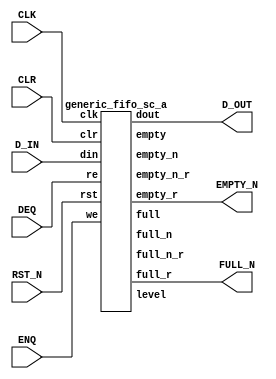
`define  n 32
`define max_size 30
`define SIMULATION_MEMORY
//`define SC_FIFO_ASYNC_RESET				// Uncomment for Syncr. reset
//`define SC_FIFO_ASYNC_RESET	or negedge rst		// Uncomment for Async. reset
 `define dwa 32
 `define awa 4
//`define SC_FIFO_ASYNC_RESET				// Uncomment for Syncr. reset
//`define SC_FIFO_ASYNC_RESET	or negedge rst		// Uncomment for Async. reset
//`define SC_FIFO_ASYNC_RESET				// Uncomment for Syncr. reset
//`define SC_FIFO_ASYNC_RESET	or negedge rst		// Uncomment for Async. reset
 `define dwc 128
 `define awa 4
//`define SC_FIFO_ASYNC_RESET				// Uncomment for Syncr. reset
//`define SC_FIFO_ASYNC_RESET	or negedge rst		// Uncomment for Async. reset
 `define dwd 128 
//`define SC_FIFO_ASYNC_RESET				// Uncomment for Syncr. reset
//`define SC_FIFO_ASYNC_RESET	or negedge rst		// Uncomment for Async. reset
 `define dwc  60
`define awc 3
//`define SC_FIFO_ASYNC_RESET				// Uncomment for Syncr. reset
//`define SC_FIFO_ASYNC_RESET	or negedge rst		// Uncomment for Async. reset
 `define dwf  313
`define awf 3
//`define SC_FIFO_ASYNC_RESET				// Uncomment for Syncr. reset
//`define SC_FIFO_ASYNC_RESET	or negedge rst		// Uncomment for Async. reset
 `define dwx  131
`define awx 2

module arSRLFIFO_a (CLK, RST_N, D_IN,ENQ,DEQ,CLR,D_OUT,EMPTY_N,FULL_N);

input CLK;
input RST_N;
input [31:0] D_IN;
input ENQ;
input DEQ;
input CLR;
output [31:0] D_OUT;
output EMPTY_N;
output FULL_N;



wire full;
wire empty;
wire full_n;
wire empty_n;
wire full_n_r;
wire empty_n_r;
wire [1:0] level;

wire always_one;
wire always_zero;

assign always_one = 1'b1;
assign always_zero = 1'b0;

generic_fifo_sc_a fifo_1
(.clk(CLK),
 .rst(RST_N),
 .clr (CLR),
 .din (D_IN),
 .we (ENQ),
 .dout (D_OUT),
 .re (DEQ),
 .full(full),
 .empty(empty),
 .full_n(full_n),
 .empty_n(empty_n),
 .full_r (FULL_N),
 .empty_r(EMPTY_N),
 .full_n_r (full_n_r),
 .empty_n_r (empty_n_r),
 .level(level)
 );
 







endmodule
module generic_fifo_sc_a(clk, rst, clr, din, we, dout, re,
			 full, empty,
             full_n, empty_n,
             full_r, empty_r,
			 full_n_r, empty_n_r,
             level);
 /*
parameter dw=8;
parameter aw=8;
parameter n=32;
parameter max_size = 1<<aw;
 */
input			clk, rst, clr;
input	[`dwa-1:0]	din;
input			we;
output	[`dwa-1:0]	dout;
input			re;
output			full, full_r;
output			empty, empty_r;
output			full_n, full_n_r;
output			empty_n, empty_n_r;
output	[1:0]		level;
 
////////////////////////////////////////////////////////////////////
//
// Local Wires
//
 
reg	[`awa-1:0]	wp;
wire	[`awa-1:0]	wp_pl1;
wire	[`awa-1:0]	wp_pl2;
reg	[`awa-1:0]	rp;
wire	[`awa-1:0]	rp_pl1;
reg			full_r;
reg			empty_r;
reg			gb;
reg			gb2;
reg	[`awa:0]		cnt;
wire			full_n, empty_n;
reg			full_n_r, empty_n_r;
 
////////////////////////////////////////////////////////////////////
//
// Memory Block
//
 wire always_zero;
 assign always_zero = 1'b0;
 wire [`dwa-1:0] junk_out;
 
 wire [`dwa-1:0] junk_in;
 
 // manually assign
 assign junk_in = 32'b00000000000000000000000000000000;

defparam ram1.ADDR_WIDTH = `awa;
defparam ram1.DATA_WIDTH = `dwa;
dual_port_ram   ram1(
	.clk(		clk		),
	.addr1(		rp		),
	.addr2(		wp		),
	.we1(		we		),
	.we2(		always_zero		),
	.out1(		dout		),
	.out2(		junk_out		),
	.data1(		din		),
	.data2 (	junk_in)
	);
 
////////////////////////////////////////////////////////////////////
//
// Misc Logic
//
 
always @(posedge clk )
	if(!rst)	wp <=  {4'b0000};
	else
	if(clr)		wp <=  {4'b0000};
	else
	if(we)		wp <=  wp_pl1;
 
assign wp_pl1 = wp + { {3'b000}, 1'b1};
assign wp_pl2 = wp + { {2'b00}, 2'b10};
 
always @(posedge clk )
	if(!rst)	rp <=  {4'b0000};
	else
	if(clr)		rp <=  {4'b0000};
	else
	if(re)		rp <=  rp_pl1;
 
assign rp_pl1 = rp + { {3'b000}, 1'b1};
 
////////////////////////////////////////////////////////////////////
//
// Combinatorial Full & Empty Flags
//
 
assign empty = ((wp == rp) & !gb);
assign full  = ((wp == rp) &  gb);
 
// Guard Bit ...
always @(posedge clk )
	if(!rst)			gb <=  1'b0;
	else
	if(clr)				gb <=  1'b0;
	else
	if((wp_pl1 == rp) & we)		gb <=  1'b1;
	else
	if(re)				gb <=  1'b0;
 
////////////////////////////////////////////////////////////////////
//
// Registered Full & Empty Flags
//
 
// Guard Bit ...
always @(posedge clk )
	if(!rst)			gb2 <=  1'b0;
	else
	if(clr)				gb2 <=  1'b0;
	else
	if((wp_pl2 == rp) & we)		gb2 <=  1'b1;
	else
	if((wp != rp) & re)		gb2 <=  1'b0;
 
always @(posedge clk )
	if(!rst)				full_r <=  1'b0;
	else
	if(clr)					full_r <=  1'b0;
	else
	if(we & ((wp_pl1 == rp) & gb2) & !re)	full_r <=  1'b1;
	else
	if(re & ((wp_pl1 != rp) | !gb2) & !we)	full_r <=  1'b0;
 
always @(posedge clk )
	if(!rst)				empty_r <=  1'b1;
	else
	if(clr)					empty_r <=  1'b1;
	else
	if(we & ((wp != rp_pl1) | gb2) & !re)	empty_r <=  1'b0;
	else
	if(re & ((wp == rp_pl1) & !gb2) & !we)	empty_r <=  1'b1;
 
////////////////////////////////////////////////////////////////////
//
// Combinatorial Full_n & Empty_n Flags
//
 
assign empty_n = cnt < `n;
assign full_n  = !(cnt < (`max_size-`n+1));
assign level = {{cnt[`awa]}, {cnt[`awa]}} | cnt[`awa-1:`awa-2];
 
// N entries status
always @(posedge clk )
	if(!rst)	cnt <=  {4'b0000};
	else
	if(clr)		cnt <=  {4'b0000};
	else
	if( re & !we)	cnt <=  cnt + { 5'b11111};
	else
	if(!re &  we)	cnt <=  cnt + { {4'b0000}, 1'b1};
 
////////////////////////////////////////////////////////////////////
//
// Registered Full_n & Empty_n Flags
//
 
always @(posedge clk )
	if(!rst)				empty_n_r <=  1'b1;
	else
	if(clr)					empty_n_r <=  1'b1;
	else
	if(we & (cnt >= (`n-1) ) & !re)		empty_n_r <=  1'b0;
	else
	if(re & (cnt <= `n ) & !we)		empty_n_r <=  1'b1;
 
always @(posedge clk )
	if(!rst)				full_n_r <=  1'b0;
	else
	if(clr)					full_n_r <=  1'b0;
	else
	if(we & (cnt >= (`max_size-`n) ) & !re)	full_n_r <=  1'b1;
	else
	if(re & (cnt <= (`max_size-`n+1)) & !we)	full_n_r <=  1'b0;

endmodule

module dual_port_ram(
clk,
addr1,
addr2,
data1,
data2,
we1,
we2,
out1,
out2
);

parameter DATA_WIDTH = 256;
parameter ADDR_WIDTH = 10;
input clk;
input [ADDR_WIDTH-1:0] addr1;
input [ADDR_WIDTH-1:0] addr2;
input [DATA_WIDTH-1:0] data1;
input [DATA_WIDTH-1:0] data2;
input we1;
input we2;
output reg [DATA_WIDTH-1:0] out1;
output reg [DATA_WIDTH-1:0] out2;

reg [DATA_WIDTH-1:0] ram[ADDR_WIDTH-1:0];

always @(posedge clk) begin
  if (we1) begin
    ram[addr1] <= data1;
  end
  else begin
    out1 <= ram[addr1];
  end
end

always @(posedge clk) begin
  if (we2) begin
    ram [addr2] <= data2;
  end
  else begin
    out2 <= ram[addr2];
  end
end

endmodule